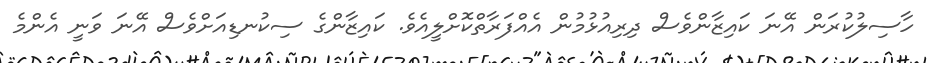
ހާސިލުކުރަން އޭނަ ކައިޒާންވެސް ދިރިއުޅުމުން އެއްފަރާތްކޮށްލީއެވެ. ކައިޒާންގެ ސިކުނޑިއަށްވެސް އޭނަ ވަނީ އެންމެ